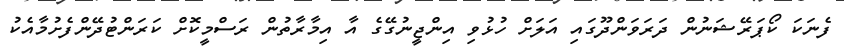
ފެނަކަ ކޯޕަރޭޝަނުން ދަރަވަންދޫގައި އަލަށް ހުޅުވި އިންޖީނުގޭގެ އާ އިމާރާތުން ރަސްމީކޮށް ކަރަންޓުދޭންފެށުމާއެކު